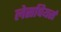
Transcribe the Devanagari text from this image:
लेसपियर्स